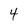
Character: 4